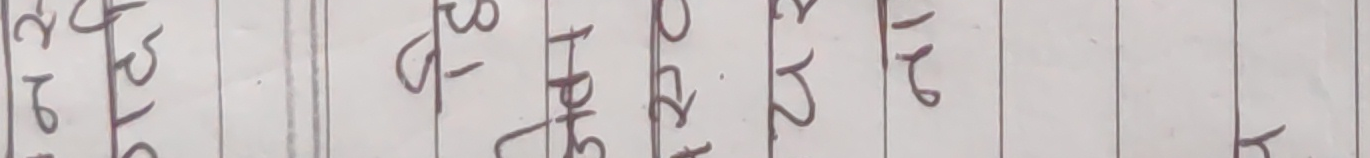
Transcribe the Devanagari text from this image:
२७ लेटर, झो बाट झि २२ १२०